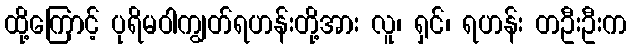
ထို့ကြောင့် ပုရိမဝါကျွတ်ရဟန်းတို့အား လူ၊ ရှင်၊ ရဟန်း တဦးဦးက